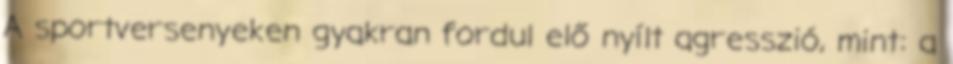
A sportversenyeken gyakran fordul elő nyílt agresszió, mint: a